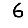
Digit: 6